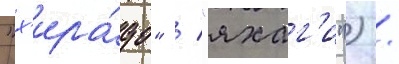
"х'ира́до" / "яхаг'и") /